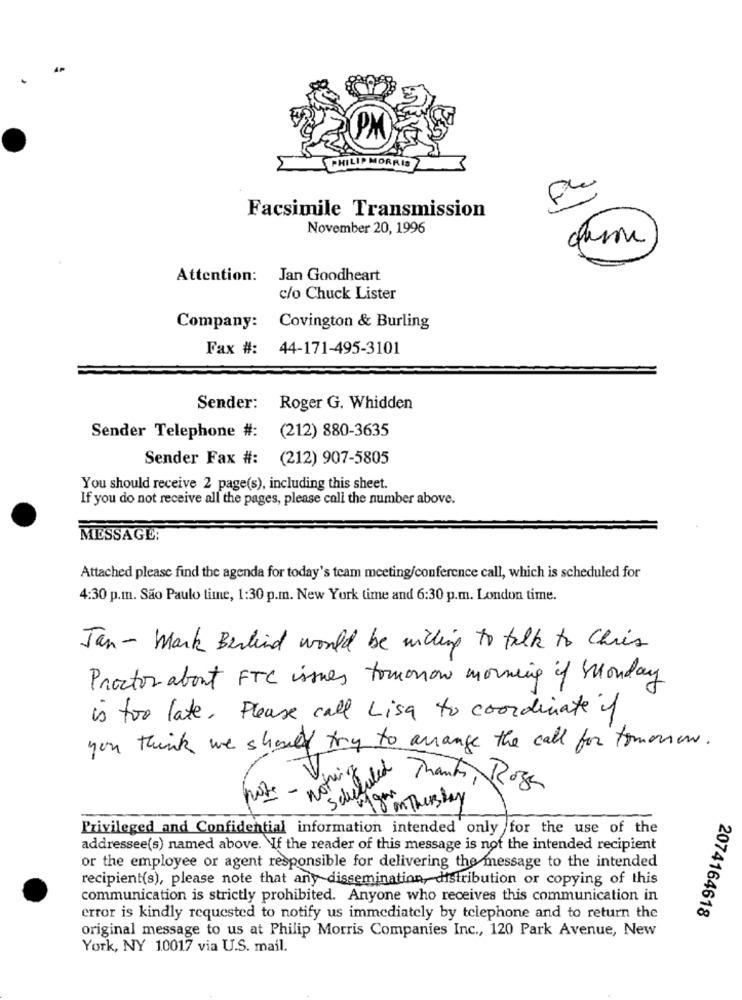
PM
Facsimile Transmission
November 20, 1996
Attention:
Jan Goodheart
c/o Chuck Lister
Company:
Covington & Burling
Fax #: 44-171-495-3101
Sender: Roger G. Whidden
Sender Telephone #: (212) 880-3635
Sender Fax #: (212) 907-5805
You should receive 2 page(s), including this sheet.
If you do not receive all the pages, please call the number above.
MESSAGE:
Attached please find the agenda for today's team meeting/conference call, which is scheduled for
4:30 p.m. São Paulo time, 1:30 p.m. New York time and 6:30 p.m. London time.
Jan - Mark Berlind would be willing to talk to Chris
Proctor about FTC issues tomorow morning if Monday
is too late, Please call Lisa to coordinate if
you think we should try to arrange the call for tomorrow.
nothing
Scheduled
Thanks, Rosa
Privileged and Confidential information intended only for the use of the
addressee(s) named above. If the reader of this message is not the intended recipient
or the employee or agent responsible for delivering the message to the intended
recipient(s), please note that any dissemination, distribution or copying of this
communication is strictly prohibited. Anyone who receives this communication in
2074164618
error is kindly requested to notify us immediately by telephone and to return the
original message to us at Philip Morris Companies Inc ., 120 Park Avenue, New
York, NY 10017 via U.S. mail.